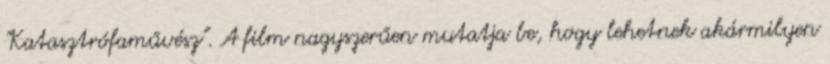
"Katasztrófaművész". A film nagyszerűen mutatja be, hogy lehetnek akármilyen